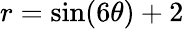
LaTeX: r=\sin(6\theta)+2